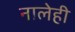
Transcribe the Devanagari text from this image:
नालेही